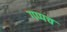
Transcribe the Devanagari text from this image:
गप्पच